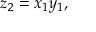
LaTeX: z _ { 2 } = x _ { 1 } y _ { 1 } ,